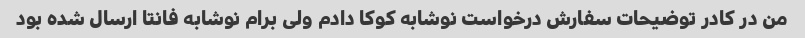
من در کادر توضیحات سفارش درخواست نوشابه کوکا دادم ولی برام نوشابه فانتا ارسال شده بود